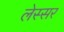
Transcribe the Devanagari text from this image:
लेस्सर